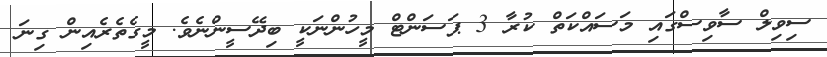
ސިވިލް ސާވިސްގައި މަސައްކަތް ކުރާ 3 ޕަސަންޓް މީހުންނަކީ ބިދޭސީންނެވެ. މީގެތެރެއިން ގިނަ